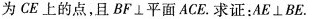
为CE上的点，且BF/but平面ACE。求证：AE/butBE。DF/butBE.